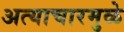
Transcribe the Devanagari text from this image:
अत्याचारमुळे